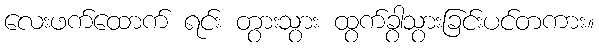
လေးဖက်ထောက် ရင်း တွားသွား ထွက်ခွာသွားခြင်းပင်တကား။